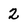
Character: 2